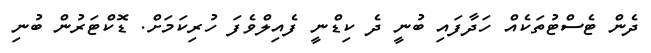
ދެން ޓެސްޓުތަކެއް ހަދާފައި ބުނީ ދެ ކިޑްނީ ފެއިލްވެފަ ހުރިކަމަށް. ޑޮކްޓަރުން ބުނި